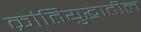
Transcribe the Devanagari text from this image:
क्रांतियुद्धातील